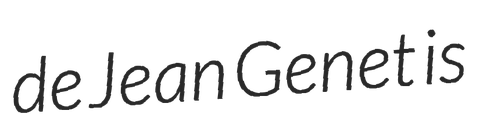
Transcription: de Jean Genet is